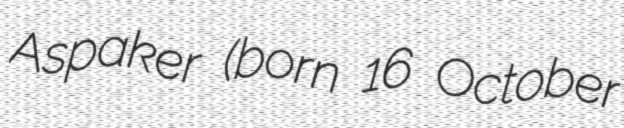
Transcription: Aspaker (born 16 October